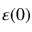
\varepsilon ( 0 )